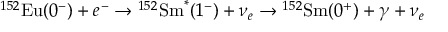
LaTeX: { } ^ { 1 5 2 } \mathrm { E u } ( 0 ^ { - } ) + e ^ { - } \rightarrow { } ^ { 1 5 2 } \mathrm { S m } ^ { * } ( 1 ^ { - } ) + \nu _ { e } \rightarrow { } ^ { 1 5 2 } \mathrm { S m } ( 0 ^ { + } ) + \gamma + \nu _ { e }